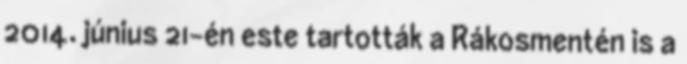
2014. június 21-én este tartották a Rákosmentén is a